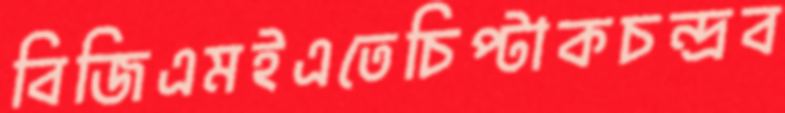
বিজিএমইএতেচিপ্‌টাকচন্দ্রব